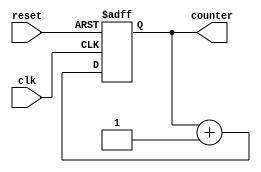
`timescale 1ns/10ps

module Counter (
	input clk,
	input reset,
	output reg [31:0] counter
);

always @(posedge clk, posedge reset) begin: COUNTER_COUNTERLOGIC
    if (reset == 1) begin
			counter <= 0;
    end else begin
			counter <= counter + 1;
	 end
end

endmodule